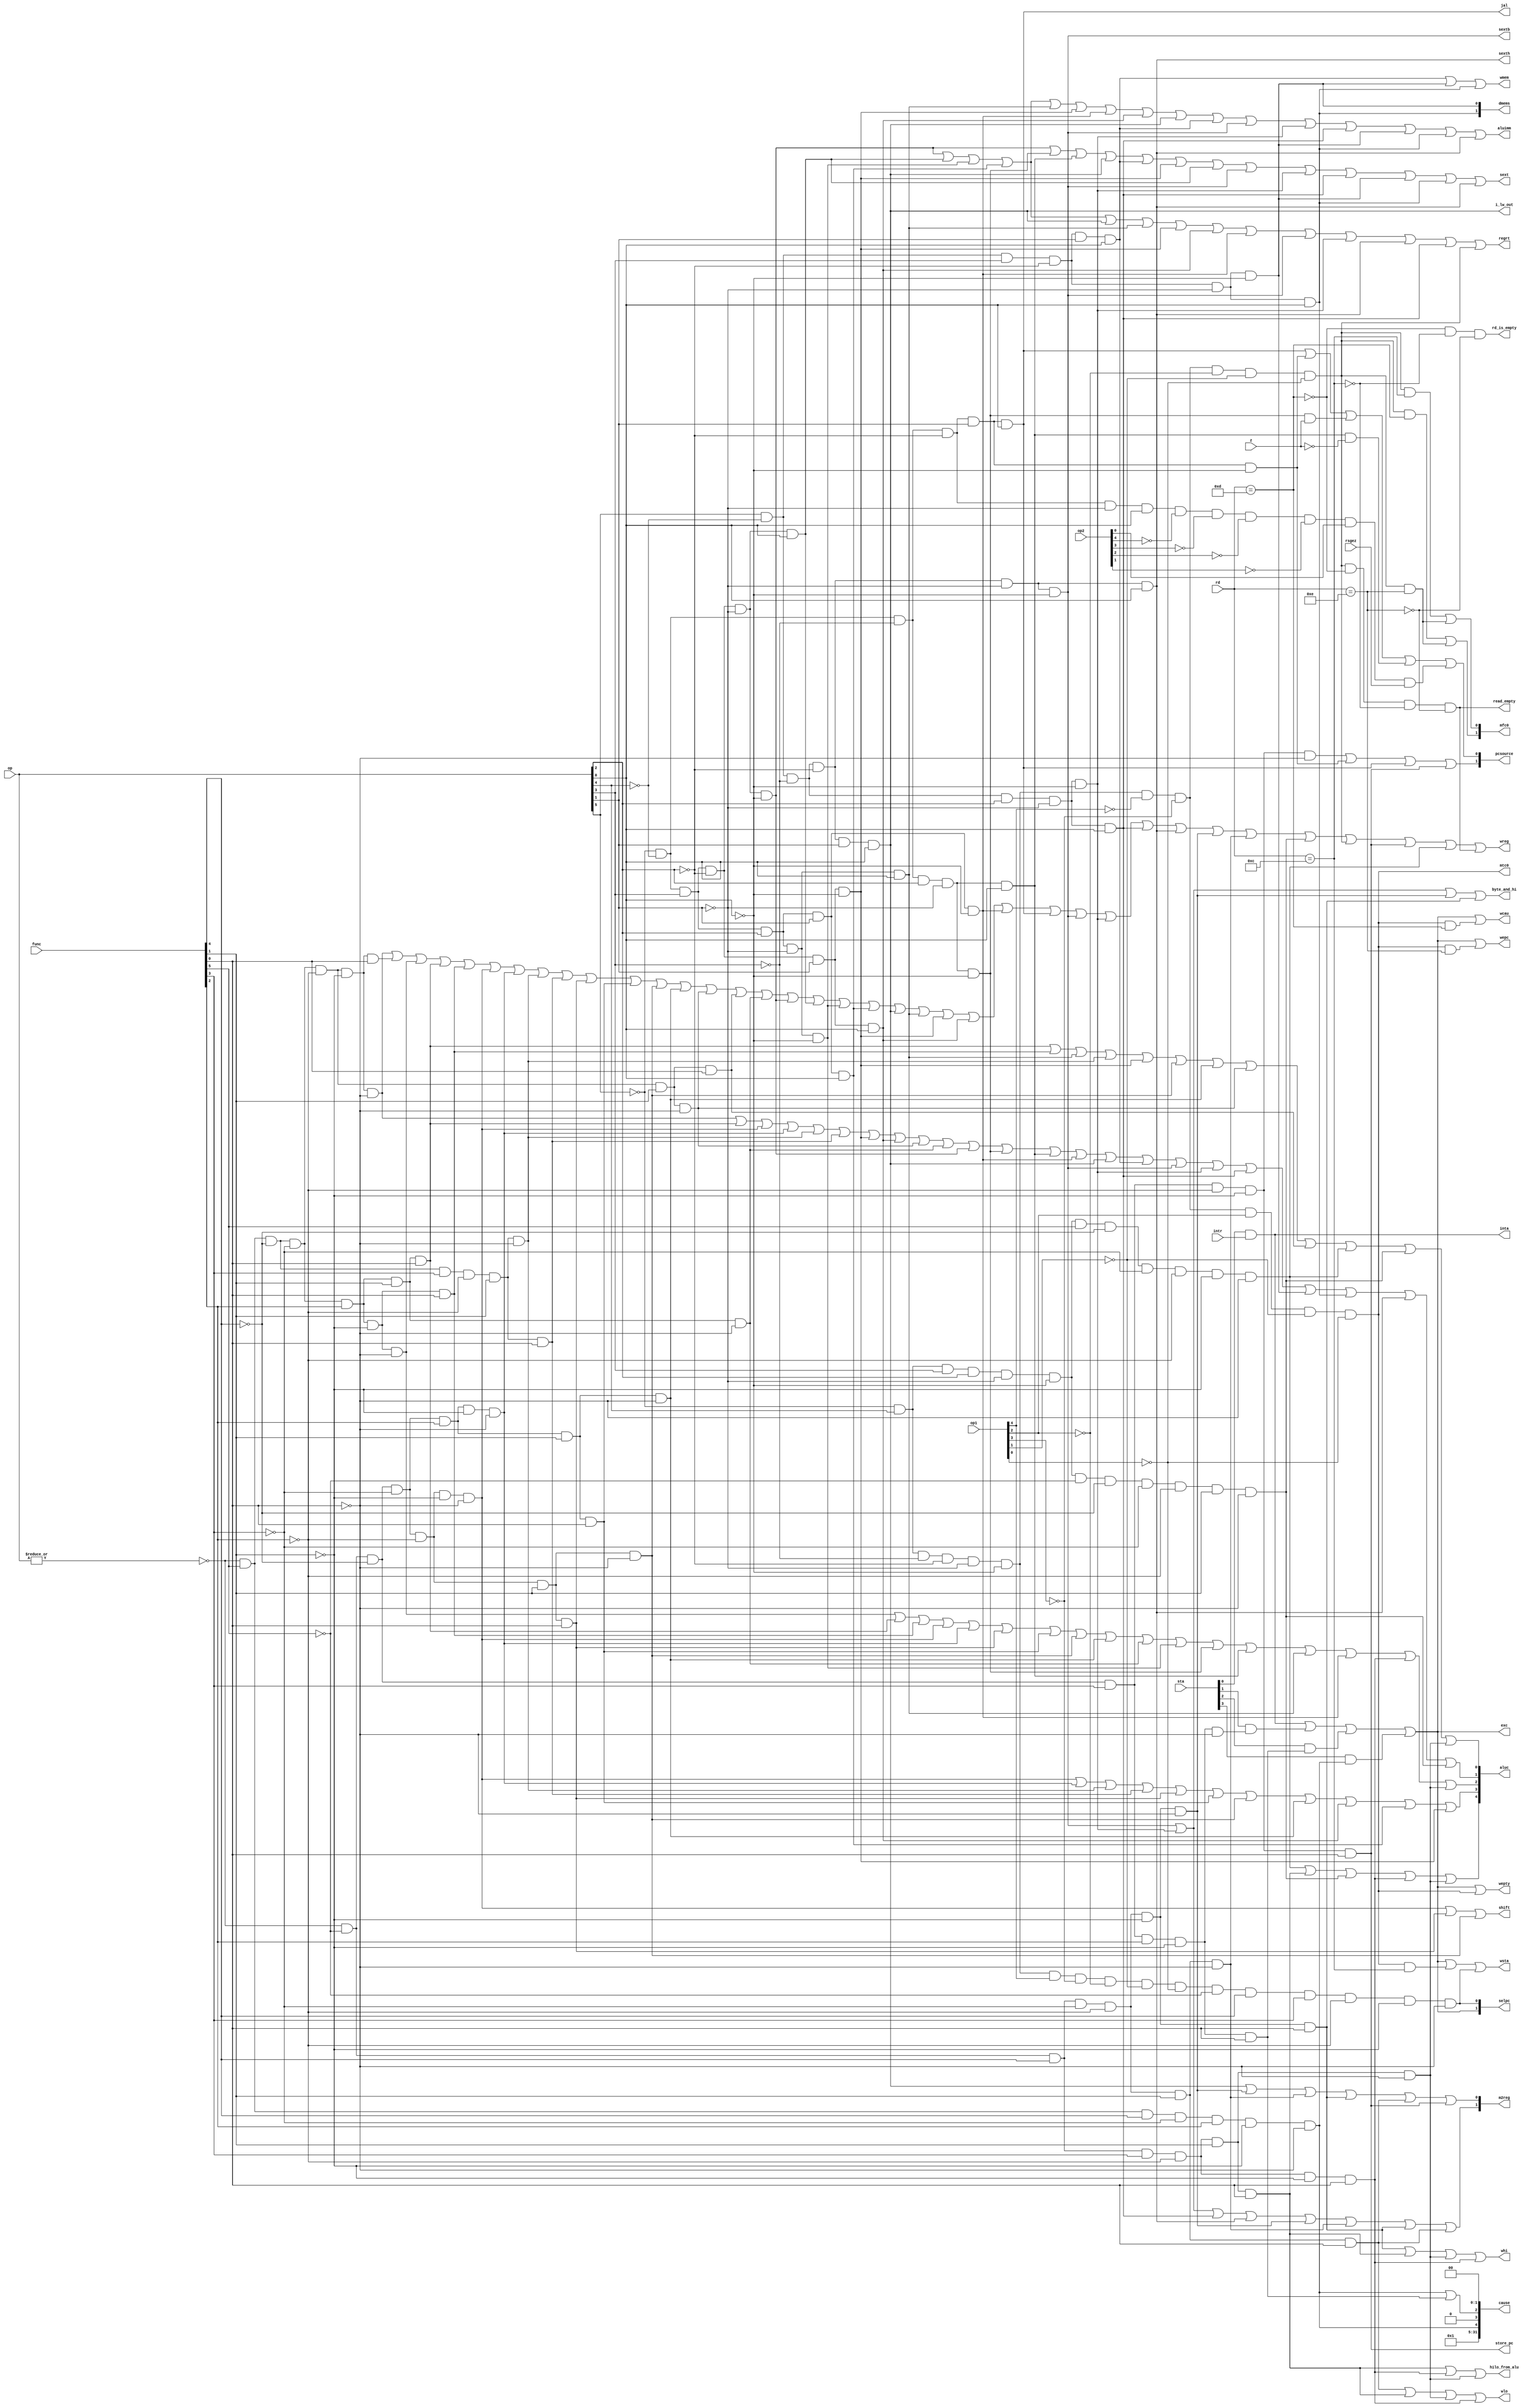
// TODO: break
//  Check ExcCode truth table

module sccu_dataflow (op, op1, op2, rd, func, z, wmem, wreg, regrt, m2reg, aluc, shift,
        aluimm, pcsource, jal, sext, sextb, sexth, hilo_from_alu, whi, wlo, dmems, byte_and_hi,
        intr, inta, sta, cause, exc, wsta, wcau, wepc, mtc0, mfc0, selpc, rsgez, store_pc,
        rd_is_empty, wepty, read_empty, i_lw_out);
    input       [5:0]       op, func;
    input       [4:0]       op1, op2, rd;
    input                   z, rsgez;
    output                  wreg, regrt, jal, shift, aluimm, sext, wmem;
    output      [4:0]       aluc;
    output      [1:0]       pcsource, dmems, m2reg;
    output                  sextb, sexth, hilo_from_alu, whi, wlo, byte_and_hi, store_pc;
    output                  rd_is_empty, wepty, read_empty;
    output                  i_lw_out;

    wire r_type  = ~|op;
    wire c0_type = ~op[5] &    op[4] &   ~op[3] &   ~op[2] &   ~op[1] &   ~op[0] ;
    wire i_syscall=r_type & ~func[5] & ~func[4] &  func[3] &  func[2] & ~func[1] & ~func[0];
    wire i_eret  =c0_type &   op1[4] &  ~op1[3] &  ~op1[2] &  ~op1[1] &  ~op1[0] &
                 ~func[5] &  func[4] &  func[3] & ~func[2] & ~func[1] & ~func[0] ;
    wire i_break = r_type & ~func[5] & ~func[4] &  func[3] &  func[2] & ~func[1] &  func[0];
    wire i_mfc0  =c0_type &  ~op1[4] &  ~op1[3] &  ~op1[2] &  ~op1[1] &  ~op1[0] ;
    wire i_mtc0  =c0_type &  ~op1[4] &  ~op1[3] &   op1[2] &  ~op1[1] &  ~op1[0] ;
    wire i_teq   = r_type &  func[5] &  func[4] & ~func[3] &  func[2] & ~func[1] & ~func[0];

    // Exceptions
    input                   intr;
    input       [31:0]      sta;
    output                  wcau, wepc, mtc0, exc, inta, wsta;
    output       [1:0]      mfc0, selpc;
    output      [31:0]      cause;

    wire int_int = sta[0] & intr;
    assign inta  = int_int;
    wire exc_sys = sta[1] & i_syscall;
    wire exc_brk = sta[2] & i_break;
    wire exc_teq = sta[3] & i_teq;
    assign exc   = int_int | exc_sys | exc_brk | exc_teq;

    wire         [3:0]      ExcCode;
    assign ExcCode[3] = 1;
    assign ExcCode[2] = i_teq;
    assign ExcCode[1] = 0;
    assign ExcCode[0] = i_teq | i_break;
    assign cause   = { 26'b0, ExcCode, 2'b00 };

    wire rd_is_status = (rd == 5'd12);
    wire rd_is_cause  = (rd == 5'd13);
    wire rd_is_epc    = (rd == 5'd14);
    assign rd_is_empty  = ~rd_is_cause & ~rd_is_status & ~rd_is_epc;

    assign mtc0 = i_mtc0;
    assign wsta = exc | mtc0 & rd_is_status | i_eret;
    assign wcau = exc | mtc0 & rd_is_cause;
    assign wepc = exc | mtc0 & rd_is_epc;
    assign wepty= exc | mtc0;
    assign read_empty = i_mfc0 & ~rd_is_cause & ~rd_is_status & ~rd_is_epc;

    assign mfc0[0]    = i_mfc0 & rd_is_status | i_mfc0 & rd_is_epc;
    assign mfc0[1]    = i_mfc0 & rd_is_cause  | i_mfc0 & rd_is_epc;

    assign selpc[0] = i_eret;
    assign selpc[1] = exc;
    // Exceptions end

    wire i_add   = r_type &  func[5] & ~func[4] & ~func[3] & ~func[2] & ~func[1] & ~func[0];
    wire i_addi  =            ~op[5] &   ~op[4] &    op[3] &   ~op[2] &   ~op[1] &   ~op[0];
    wire i_addiu =            ~op[5] &   ~op[4] &    op[3] &   ~op[2] &   ~op[1] &    op[0];
    wire i_addu  = r_type &  func[5] & ~func[4] & ~func[3] & ~func[2] & ~func[1] &  func[0];
    wire i_and   = r_type &  func[5] & ~func[4] & ~func[3] &  func[2] & ~func[1] & ~func[0];
    wire i_andi  =            ~op[5] &   ~op[4] &    op[3] &    op[2] &   ~op[1] &   ~op[0];
    wire i_beq   =            ~op[5] &   ~op[4] &   ~op[3] &    op[2] &   ~op[1] &   ~op[0];
    wire i_bne   =            ~op[5] &   ~op[4] &   ~op[3] &    op[2] &   ~op[1] &    op[0];
    wire i_j     =            ~op[5] &   ~op[4] &   ~op[3] &   ~op[2] &    op[1] &   ~op[0];
    wire i_jal   =            ~op[5] &   ~op[4] &   ~op[3] &   ~op[2] &    op[1] &    op[0];
    wire i_jr    = r_type & ~func[5] & ~func[4] &  func[3] & ~func[2] & ~func[1] & ~func[0];
    wire i_lui   =            ~op[5] &   ~op[4] &    op[3] &    op[2] &    op[1] &    op[0];
    wire i_lw    =             op[5] &   ~op[4] &   ~op[3] &   ~op[2] &    op[1] &    op[0];
    assign i_lw_out = i_lw;
    wire i_nor   = r_type &  func[5] & ~func[4] & ~func[3] &  func[2] &  func[1] &  func[0];
    wire i_or    = r_type &  func[5] & ~func[4] & ~func[3] &  func[2] & ~func[1] &  func[0];
    wire i_ori   =            ~op[5] &   ~op[4] &    op[3] &    op[2] &   ~op[1] &    op[0];
    wire i_sll   = r_type & ~func[5] & ~func[4] & ~func[3] & ~func[2] & ~func[1] & ~func[0];
    wire i_sllv  = r_type & ~func[5] & ~func[4] & ~func[3] &  func[2] & ~func[1] & ~func[0];
    wire i_slt   = r_type &  func[5] & ~func[4] &  func[3] & ~func[2] &  func[1] & ~func[0];
    wire i_slti  =            ~op[5] &   ~op[4] &    op[3] &   ~op[2] &    op[1] &   ~op[0];
    wire i_sltiu =            ~op[5] &   ~op[4] &    op[3] &   ~op[2] &    op[1] &    op[0];
    wire i_sltu  = r_type &  func[5] & ~func[4] &  func[3] & ~func[2] &  func[1] &  func[0];
    wire i_sra   = r_type & ~func[5] & ~func[4] & ~func[3] & ~func[2] &  func[1] &  func[0];
    wire i_srav  = r_type & ~func[5] & ~func[4] & ~func[3] &  func[2] &  func[1] &  func[0];
    wire i_srl   = r_type & ~func[5] & ~func[4] & ~func[3] & ~func[2] &  func[1] & ~func[0];
    wire i_srlv  = r_type & ~func[5] & ~func[4] & ~func[3] &  func[2] &  func[1] & ~func[0];
    wire i_sub   = r_type &  func[5] & ~func[4] & ~func[3] & ~func[2] &  func[1] & ~func[0];
    wire i_subu  = r_type &  func[5] & ~func[4] & ~func[3] & ~func[2] &  func[1] &  func[0];
    wire i_sw    =             op[5] &   ~op[4] &    op[3] &   ~op[2] &    op[1] &    op[0];
    wire i_xor   = r_type &  func[5] & ~func[4] & ~func[3] &  func[2] &  func[1] & ~func[0];
    wire i_xori  =            ~op[5] &   ~op[4] &    op[3] &    op[2] &    op[1] &   ~op[0];
    wire i_lb    =             op[5] &   ~op[4] &   ~op[3] &   ~op[2] &   ~op[1] &   ~op[0];
    wire i_lbu   =             op[5] &   ~op[4] &   ~op[3] &    op[2] &   ~op[1] &   ~op[0];
    wire i_lhu   =             op[5] &   ~op[4] &   ~op[3] &    op[2] &   ~op[1] &    op[0];
    wire i_sb    =             op[5] &   ~op[4] &    op[3] &   ~op[2] &   ~op[1] &   ~op[0];
    wire i_sh    =             op[5] &   ~op[4] &    op[3] &   ~op[2] &   ~op[1] &    op[0];
    wire i_lh    =             op[5] &   ~op[4] &   ~op[3] &   ~op[2] &   ~op[1] &    op[0];
    wire i_mfhi  = r_type & ~func[5] &  func[4] & ~func[3] & ~func[2] & ~func[1] & ~func[0];
    wire i_mflo  = r_type & ~func[5] &  func[4] & ~func[3] & ~func[2] &  func[1] & ~func[0];
    wire i_mthi  = r_type & ~func[5] &  func[4] & ~func[3] & ~func[2] & ~func[1] &  func[0];
    wire i_mtlo  = r_type & ~func[5] &  func[4] & ~func[3] & ~func[2] &  func[1] &  func[0];
    wire i_clz   = ~op[5] &    op[4] &    op[3] &    op[2] &   ~op[1] &   ~op[0] &
                  func[5] & ~func[4] & ~func[3] & ~func[2] & ~func[1] & ~func[0];
    wire i_divu  = r_type & ~func[5] &  func[4] &  func[3] & ~func[2] &  func[1] &  func[0];
    wire i_jalr  = r_type & ~func[5] & ~func[4] &  func[3] & ~func[2] & ~func[1] &  func[0];
    wire i_mul  =~op[5] &     op[4] &    op[3] &    op[2] &   ~op[1] &   ~op[0] &
                  ~func[5] &~func[4] & ~func[3] & ~func[2] &  func[1] & ~func[0];
    wire i_multu = r_type & ~func[5] &  func[4] &  func[3] & ~func[2] & ~func[1] &  func[0];
    wire i_div   = r_type & ~func[5] &  func[4] &  func[3] & ~func[2] &  func[1] & ~func[0];
    wire i_bgez  = ~op[5] &   ~op[4] &   ~op[3] &   ~op[2] &   ~op[1] &    op[0] &
                   ~op2[4]&  ~op2[3] &  ~op2[2] &  ~op2[1] &   op2[0];

    assign wreg  =  i_add  | i_addu  | i_and  | i_nor  | i_or   | i_sll   | i_sllv | i_slt   | i_sltu  |
                    i_sra  | i_srav  | i_srl  | i_srlv | i_sub  | i_subu  | i_xor  | i_addi  | i_addiu |
                    i_andi | i_lui   | i_lw   | i_ori  | i_slti | i_sltiu | i_xori | i_jal   | i_lb    |
                    i_lbu  | i_lhu   | i_lh   | i_mfhi | i_mflo | i_mul   | i_mfc0 | i_jalr  | i_clz   |
                    read_empty;
    assign regrt =  i_addi | i_addiu | i_andi | i_lui  | i_lw   | i_ori   | i_slti | i_sltiu | i_xori  |
                    i_lb   | i_lbu   | i_lh   | i_lhu | i_mfc0;
    assign jal   =  i_jal;
    assign shift =  i_sll  | i_sra   | i_srl;
    assign aluimm=  i_addi | i_addiu | i_andi | i_lui  | i_ori  | i_slti  | i_xori | i_sltiu | i_lw    |
                    i_sw   | i_lb    | i_lbu  | i_lhu  | i_sb   | i_sh    | i_lh;
    assign sext  =  i_addi | i_beq   | i_bne  | i_lw   | i_sw   | i_slti  | i_addiu| i_lb    | i_lbu   |
                    i_lhu  | i_sb    | i_sh   | i_lh;
    assign aluc[4]= i_clz  | i_divu  | i_mul | i_multu | i_div;
    assign aluc[3]= i_sll  | i_sllv  | i_slt  | i_sltu | i_sra  | i_srav  | i_srl  | i_srlv  | i_sltiu |
    				i_lui  | i_slti;
    assign aluc[2]= i_and  | i_nor   | i_or   | i_sll  | i_sllv | i_sra   | i_srav | i_srl   | i_srlv  |
    				i_xor  | i_andi  | i_beq  | i_bne  | i_ori  | i_xori  | i_multu| i_div;
    assign aluc[1]= i_add  | i_nor   | i_sll  | i_sllv | i_slt  | i_sltu  | i_slti | i_sltiu | i_sub   |
    				i_xor  | i_addi  | i_beq  | i_bne  | i_xori | i_lw    | i_sw   | i_lb    | i_lbu   |
                    i_lhu  | i_sb    | i_sh   | i_lh   | i_mul;
    assign aluc[0]= i_nor  | i_or    | i_ori  | i_slt  | i_slti | i_srl   | i_srlv | i_sub   | i_subu  |
                    i_clz  | i_mul   | i_div;
    assign wmem   = i_sw   | i_sb    | i_sh   ;
    // BUG: input is x
    assign pcsource[1]  =    i_jr    | i_j    | i_jal  | i_jalr;
    assign pcsource[0]  =    i_jal   | i_j    | i_beq&z| i_bne&~z| i_bgez & rsgez;
    // assign pcsource = 2'b00;

    assign byte_and_hi  =    i_lb    | i_lbu  | i_mfhi | i_mthi;
    assign m2reg[1]= i_lb  | i_lbu   | i_lhu  | i_lh   | i_mfhi | i_mflo  | i_mthi | i_mtlo;
    assign m2reg[0]= i_lw  | i_mfhi  | i_mflo | i_mthi | i_mtlo | i_jalr;
    assign sextb  = i_lb;
    assign sexth  = i_lh;
    assign whi    = i_mthi | i_divu  | i_div  | i_multu;
    assign wlo    = i_mtlo | i_divu  | i_div  | i_multu;
    assign hilo_from_alu =   i_divu  | i_multu| i_div;
    assign dmems[1]=i_sh;
    assign dmems[0]=i_sb;
    assign store_pc = i_jalr;

endmodule